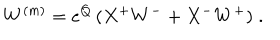
W ^ { ( m ) } = e ^ { Q } \, ( X ^ { + } W ^ { - } + X ^ { - } W ^ { + } ) \; .